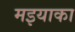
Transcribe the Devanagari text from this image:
मइयाका